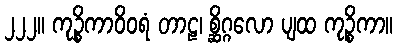
၂၂၂။ ကုဉ္စိကာဝိဝရံ တာဠ၊ စ္ဆိဂ္ဂလော ပျထ ကုဉ္စိကာ။